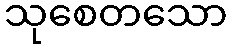
သုစေတသော